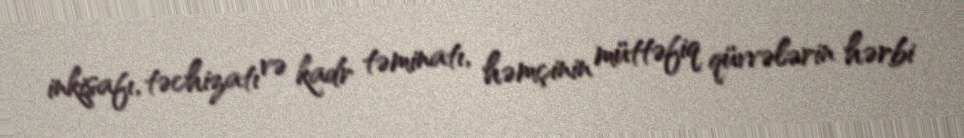
inkişafı, təchizatı və kadr təminatı, həmçinin müttəfiq qüvvələrin hərbi